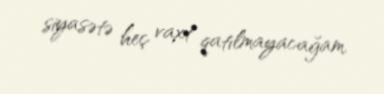
siyasətə heç vaxt qatılmayacağam.